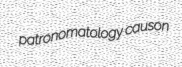
patronomatology causon